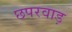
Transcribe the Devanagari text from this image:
छपरवाड़